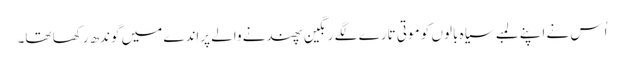
اُس نے اپنے لمبے سیاہ بالوں کو موتی تارے لگے رنگین پھندنے والے پراندے میں گوندھ رکھا تھا۔